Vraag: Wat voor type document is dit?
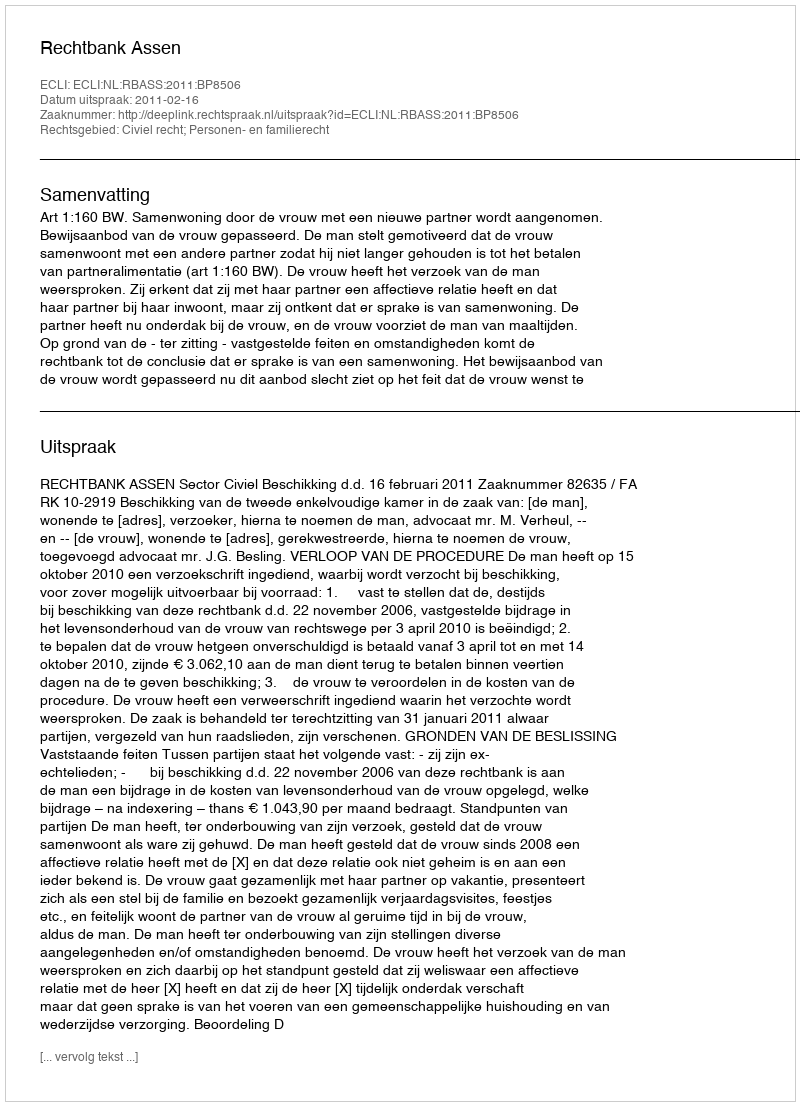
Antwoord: Uitspraak